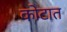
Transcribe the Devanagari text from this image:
कोटात